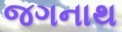
જગનાથ